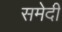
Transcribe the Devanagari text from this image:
समेदी